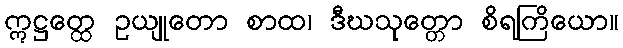
ဣဋ္ဌတ္ထေ ဥယျုတော စာထ၊ ဒီဃသုတ္တော စိရကြိယော။